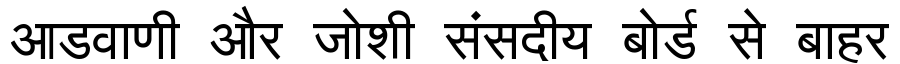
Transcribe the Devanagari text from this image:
आडवाणी और जोशी संसदीय बोर्ड से बाहर